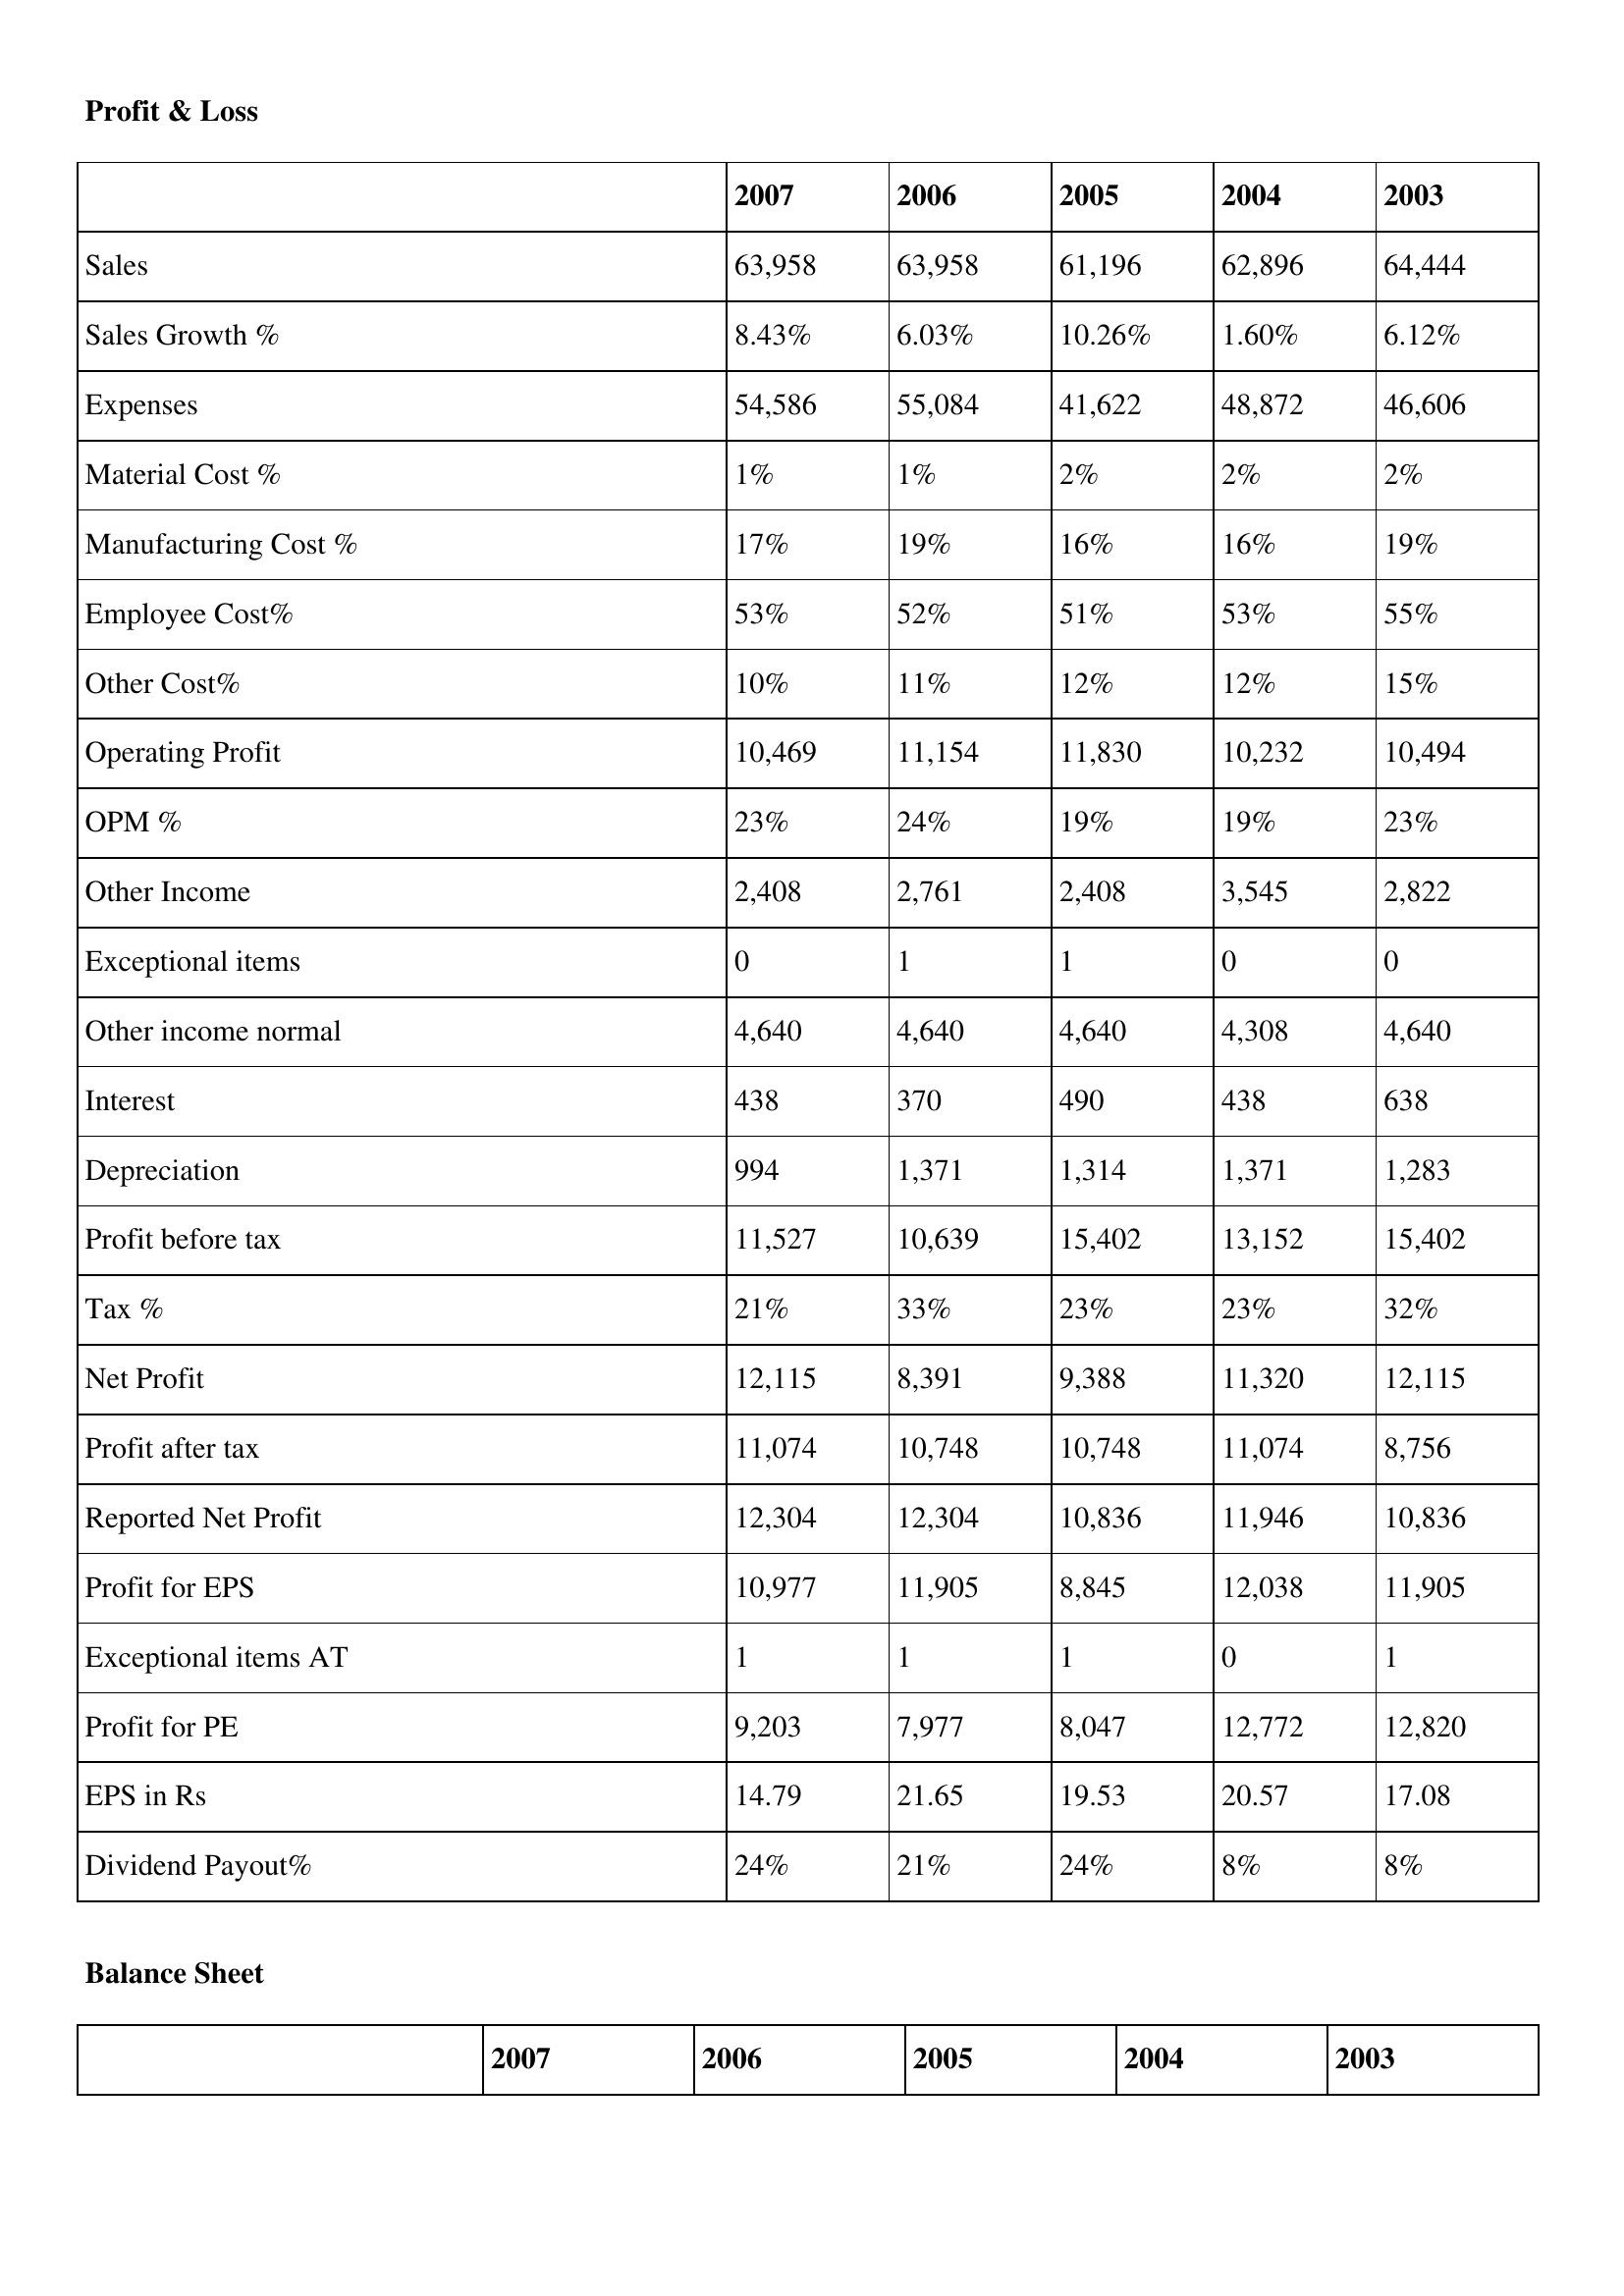
gt_parse: 2007: Profit & Loss: Sales: 63,958
Sales Growth %: 8.43%
Expenses: 54,586
Material Cost %: 1%
Manufacturing Cost %: 17%
Employee Cost%: 53%
Other Cost%: 10%
Operating Profit: 10,469
OPM %: 23%
Other Income: 2,408
Exceptional items: 0
Other income normal: 4,640
Interest: 438
Depreciation: 994
Profit before tax: 11,527
Tax %: 21%
Net Profit: 12,115
Profit after tax: 11,074
Reported Net Profit: 12,304
Profit for EPS: 10,977
Exceptional items AT: 1
Profit for PE: 9,203
EPS in Rs: 14.79
Dividend Payout%: 24%
2006: Profit & Loss: Sales: 63,958
Sales Growth %: 6.03%
Expenses: 55,084
Material Cost %: 1%
Manufacturing Cost %: 19%
Employee Cost%: 52%
Other Cost%: 11%
Operating Profit: 11,154
OPM %: 24%
Other Income: 2,761
Exceptional items: 1
Other income normal: 4,640
Interest: 370
Depreciation: 1,371
Profit before tax: 10,639
Tax %: 33%
Net Profit: 8,391
Profit after tax: 10,748
Reported Net Profit: 12,304
Profit for EPS: 11,905
Exceptional items AT: 1
Profit for PE: 7,977
EPS in Rs: 21.65
Dividend Payout%: 21%
2005: Profit & Loss: Sales: 61,196
Sales Growth %: 10.26%
Expenses: 41,622
Material Cost %: 2%
Manufacturing Cost %: 16%
Employee Cost%: 51%
Other Cost%: 12%
Operating Profit: 11,830
OPM %: 19%
Other Income: 2,408
Exceptional items: 1
Other income normal: 4,640
Interest: 490
Depreciation: 1,314
Profit before tax: 15,402
Tax %: 23%
Net Profit: 9,388
Profit after tax: 10,748
Reported Net Profit: 10,836
Profit for EPS: 8,845
Exceptional items AT: 1
Profit for PE: 8,047
EPS in Rs: 19.53
Dividend Payout%: 24%
2004: Profit & Loss: Sales: 62,896
Sales Growth %: 1.60%
Expenses: 48,872
Material Cost %: 2%
Manufacturing Cost %: 16%
Employee Cost%: 53%
Other Cost%: 12%
Operating Profit: 10,232
OPM %: 19%
Other Income: 3,545
Exceptional items: 0
Other income normal: 4,308
Interest: 438
Depreciation: 1,371
Profit before tax: 13,152
Tax %: 23%
Net Profit: 11,320
Profit after tax: 11,074
Reported Net Profit: 11,946
Profit for EPS: 12,038
Exceptional items AT: 0
Profit for PE: 12,772
EPS in Rs: 20.57
Dividend Payout%: 8%
2003: Profit & Loss: Sales: 64,444
Sales Growth %: 6.12%
Expenses: 46,606
Material Cost %: 2%
Manufacturing Cost %: 19%
Employee Cost%: 55%
Other Cost%: 15%
Operating Profit: 10,494
OPM %: 23%
Other Income: 2,822
Exceptional items: 0
Other income normal: 4,640
Interest: 638
Depreciation: 1,283
Profit before tax: 15,402
Tax %: 32%
Net Profit: 12,115
Profit after tax: 8,756
Reported Net Profit: 10,836
Profit for EPS: 11,905
Exceptional items AT: 1
Profit for PE: 12,820
EPS in Rs: 17.08
Dividend Payout%: 8%